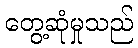
တွေ့ဆုံမှုသည်